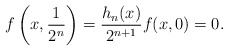
\begin{align*}f\left(x,\frac{1}{2^n}\right)=\frac{h_n(x)}{2^{n+1}} f(x,0)=0.\end{align*}